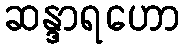
ဆန္ဒာရဟော